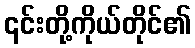
၎င်းတို့ကိုယ်တိုင်၏